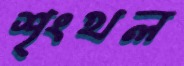
শৃংখল